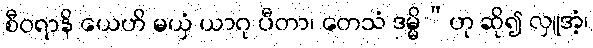
စီဝရာနိ ယေဟိ မယှံ ယာဂု ပီတာ၊ တေသံ ဒမ္မိ”ဟု ဆို၍ လှူအံ့၊